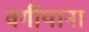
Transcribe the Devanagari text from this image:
वर्गीयांना